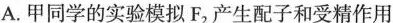
A.甲同学的实验模拟F2产生配子和受精作用